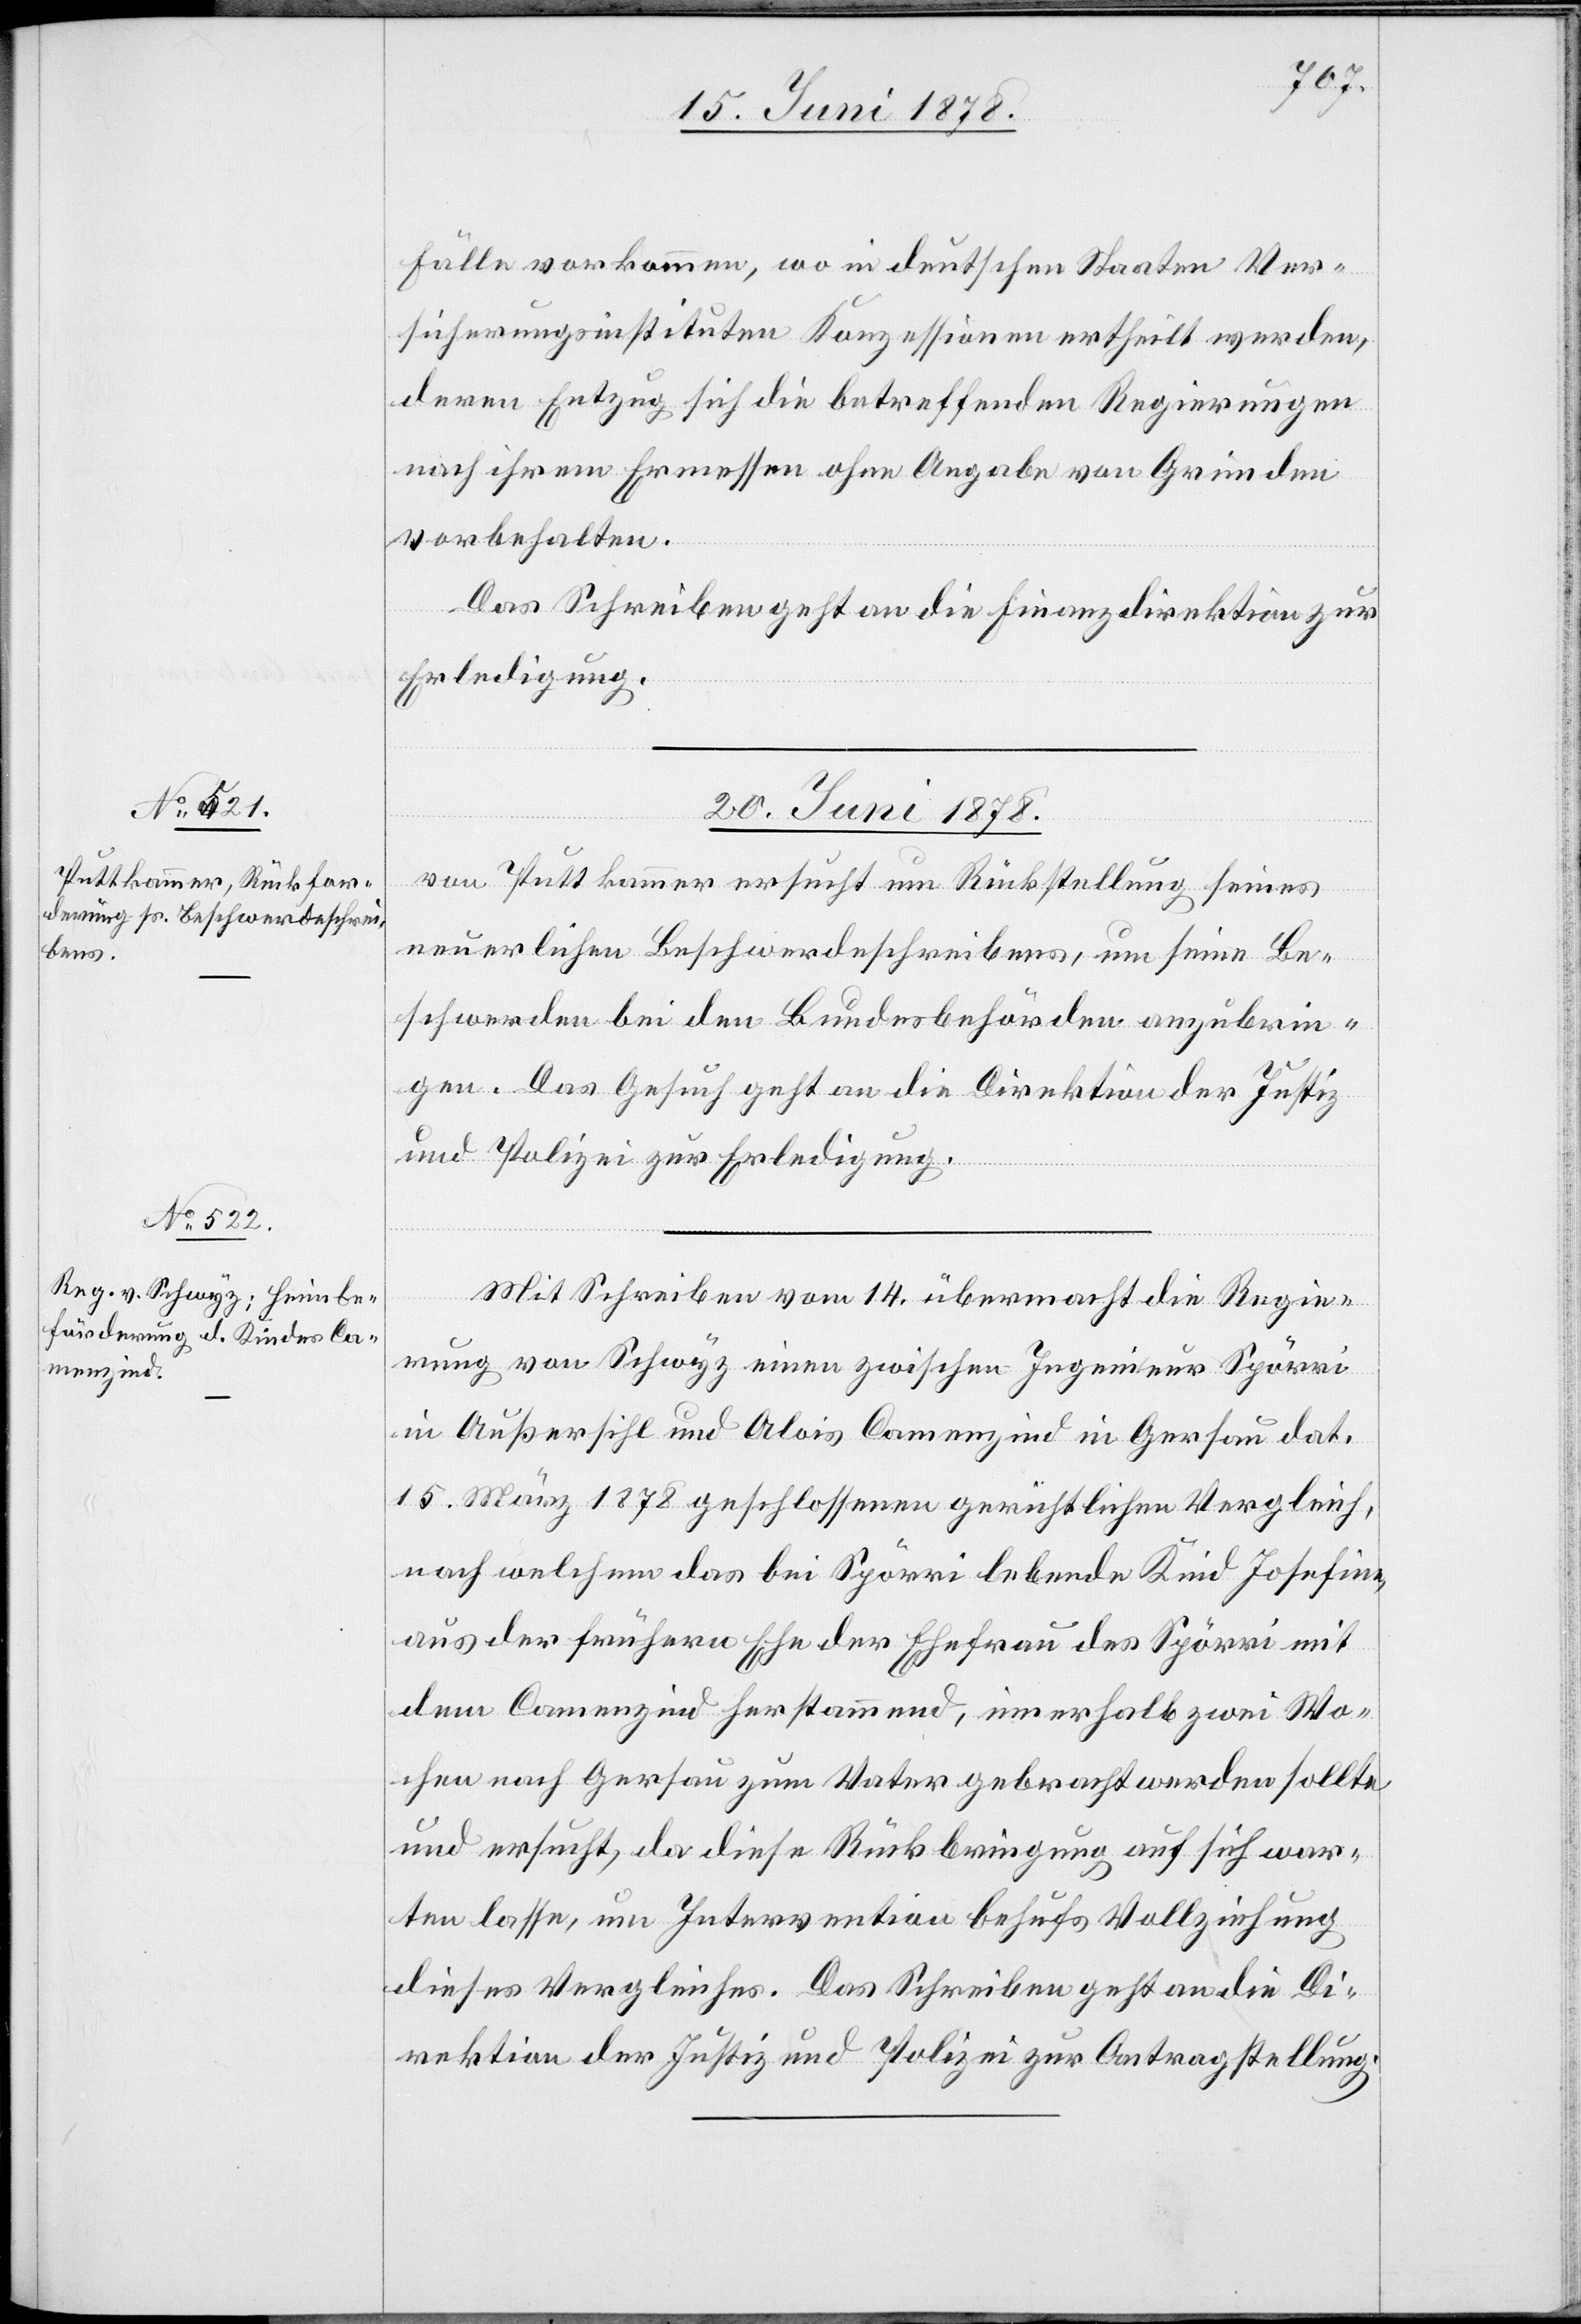
Fälle vorkommen, wo in deutschen Staaten Ver¬
sicherungsinstituten Konzessionen ertheilt werden,
deren Entzug sich die betreffenden Regierungen
nach ihrem Ermessen ohne Angabe von Gründen
vorbehalten.
Das Schreiben geht an die Finanzdirektion zur
Erledigung.
20. Juni 1878.]
von Puttkammer ersucht um Rückstellung seines
neuerlichen Beschwerdeschreibens, um seine Be¬
schwerden bei den Bundesbehörden anzubrin¬
gen. Das Gesuch geht an die Direktion der Justiz
und Polizei zur Erledigung.
Mit Schreiben vom 14. übermacht die Regie¬
rung von Schwyz einen zwischen Ingenieur Spörri
in Außersihl und Alois Camenzind in Gersau dat.
15. März 1878 geschlossenen gerichtlichen Vergleich,
nach welchem das bei Spörri lebende Kind Josefine,
aus der frühern Ehe der Ehefrau des Spörri mit
dem Camenzind herstammend, innerhalb zwei Wo¬
chen nach Gersau zum Vater gebracht werden sollte
und ersucht, da diese Rückbringung auf sich war¬
ten lasse, um Intervention behufs Vollziehung
dieses Vergleiches. Das Schreiben geht an die Di¬
rektion der Justiz und Polizei zur Antragstellung.